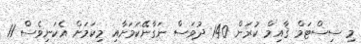
މި ސިސްޓަމް ޤާއިމް ކުރަން 140 ދުވަސް ނަގާނޭކަމަށާއި މިކަމަށް އެކަނިވެސް 11